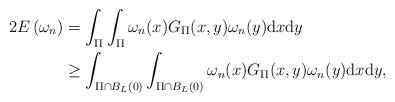
LaTeX: \begin{align*}2 E\left(\omega_{n}\right)&=\int_{\Pi} \int_{\Pi} \omega_{n}(x) G_{\Pi}(x, y) \omega_{n}(y) \mathrm{d} x \mathrm{d} y \\&\geq \int_{\Pi \cap B_{L}(0)} \int_{\Pi \cap B_{L}(0)} \omega_{n}(x) G_{\Pi}(x, y) \omega_{n}(y) \mathrm{d} x \mathrm{d} y,\end{align*}